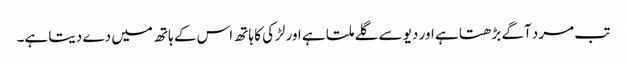
تب مرد آگے بڑھتا ہے اور دیو سے گلے ملتا ہے اور لڑکی کا ہاتھ اس کے ہاتھ میں دے دیتا ہے۔